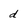
Character: d